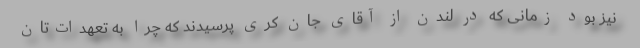
نیز بود زمانی که در لندن از آقای جان کری پرسیدند که چرا به تعهدات‌تان